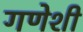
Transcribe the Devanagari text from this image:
गणेशी